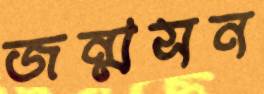
জন্মসন